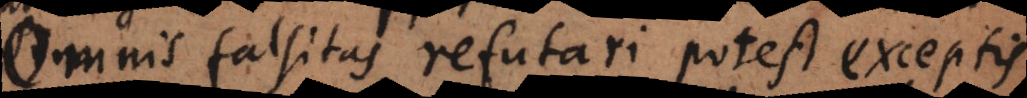
Omnis falsitas refutari potest exceptis